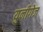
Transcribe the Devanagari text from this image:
युनीगेज